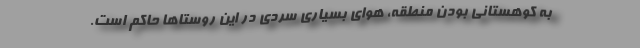
به کوهستانی بودن منطقه، هوای بسیاری سردی در این روستاها حاکم است.